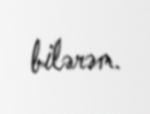
bilərəm.